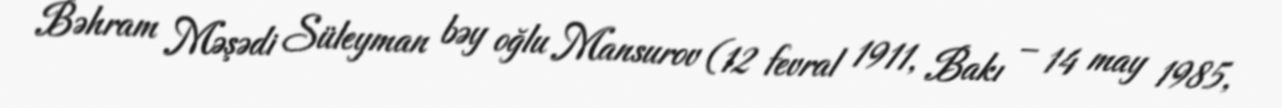
Bəhram Məşədi Süleyman bəy oğlu Mansurov (12 fevral 1911, Bakı – 14 may 1985,